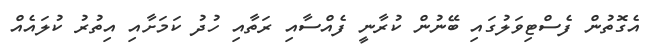
އެގޮތުން ފެސްޓިވަލުގައި ބޭނުން ކުރާނީ ފެއްސާއި ރަތާއި ހުދު ކަމަށާއި އިތުރު ކުލައެއް